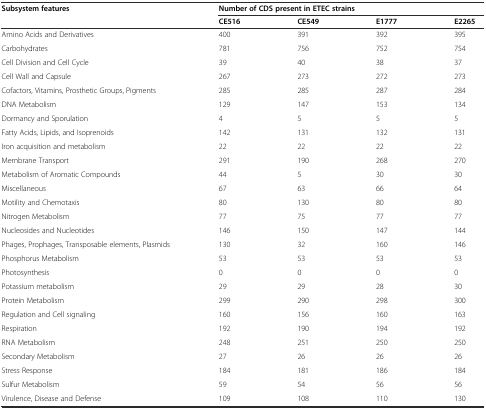
| <ROWSPAN=2> Subsystem features | <COLSPAN=4> Number of CDS present in ETEC strains |
 | CE516 | CE549 | E1777 | E2265 |
 | --- | --- | --- | --- | --- |
 | Amino Acids and Derivatives | 400 | 391 | 392 | 395 |
 | Carbohydrates | 781 | 756 | 752 | 754 |
 | Cell Division and Cell Cycle | 39 | 40 | 38 | 37 |
 | Cell Wall and Capsule | 267 | 273 | 272 | 273 |
 | Cofactors, Vitamins, Prosthetic Groups, Pigments | 285 | 285 | 287 | 284 |
 | DNA Metabolism | 129 | 147 | 153 | 134 |
 | Dormancy and Sporulation | 4 | 5 | 5 | 5 |
 | Fatty Acids, Lipids, and Isoprenoids | 142 | 131 | 132 | 131 |
 | Iron acquisition and metabolism | 22 | 22 | 22 | 22 |
 | Membrane Transport | 291 | 190 | 268 | 270 |
 | Metabolism of Aromatic Compounds | 44 | 5 | 30 | 30 |
 | Miscellaneous | 67 | 63 | 66 | 64 |
 | Motility and Chemotaxis | 80 | 130 | 80 | 80 |
 | Nitrogen Metabolism | 77 | 75 | 77 | 77 |
 | Nucleosides and Nucleotides | 146 | 150 | 147 | 144 |
 | Phages, Prophages, Transposable elements, Plasmids | 130 | 32 | 160 | 146 |
 | Phosphorus Metabolism | 53 | 53 | 53 | 53 |
 | Photosynthesis | 0 | 0 | 0 | 0 |
 | Potassium metabolism | 29 | 29 | 28 | 30 |
 | Protein Metabolism | 299 | 290 | 298 | 300 |
 | Regulation and Cell signaling | 160 | 156 | 160 | 163 |
 | Respiration | 192 | 190 | 194 | 192 |
 | RNA Metabolism | 248 | 251 | 250 | 250 |
 | Secondary Metabolism | 27 | 26 | 26 | 26 |
 | Stress Response | 184 | 181 | 186 | 184 |
 | Sulfur Metabolism | 59 | 54 | 56 | 56 |
 | Virulence, Disease and Defense | 109 | 108 | 110 | 130 |